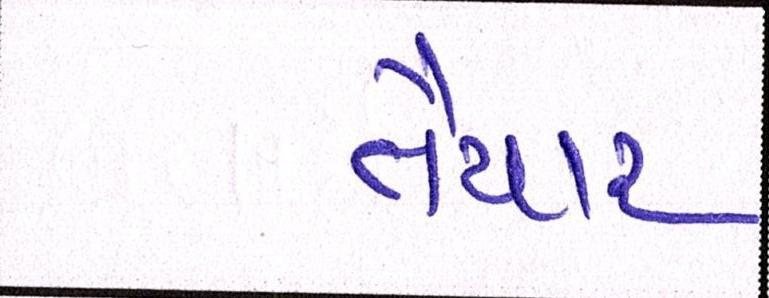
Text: તૈયાર